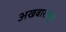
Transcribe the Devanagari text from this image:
अखबारातून